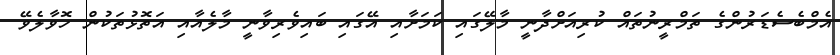
އެމްބެސެޑަރުންގެ ތަމްރީނުތައް ކުރިއަށްދާނީ މާލޭގައި ކަމަށާއި އޭގައި ބައިވެރިވާނީ މާލެއާއި އަތޮޅުތަކުން ހޮވާލެވޭ